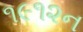
૧૯૧૨ન